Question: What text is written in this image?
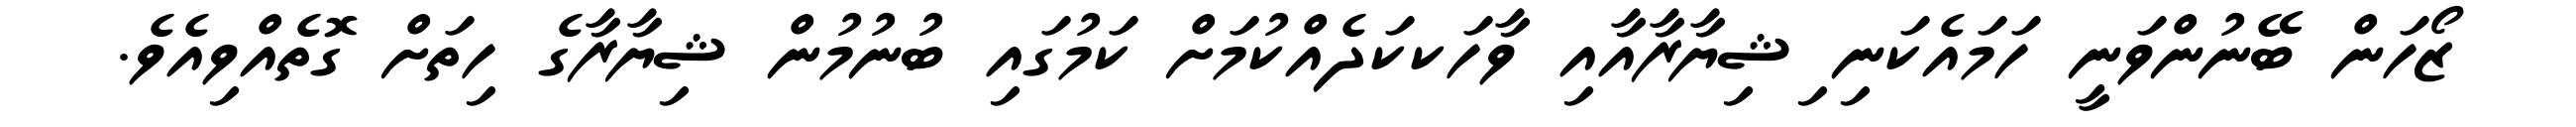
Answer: ޒޯހަން ބޭނުންވަނީ ހަމައެކަނި ިޝިޔާރާއާއި ވާހަކކަދެއްކުމަށް ކަމުގައި ބުނުމުން ޝިޔާރާގެ ހިތަށް ގޮތެއްވިއެވެ.